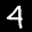
Digit: 4